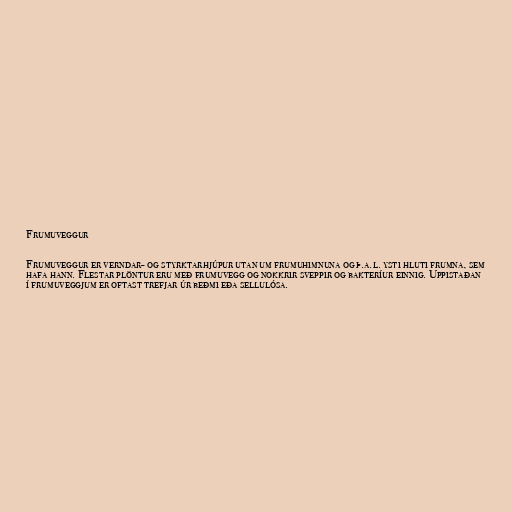
Frumuveggur

Frumuveggur er verndar- og styrktarhjúpur utan um frumuhimnuna og þ.a.l. ysti hluti frumna, sem
hafa hann. Flestar plöntur eru með frumuvegg og nokkrir sveppir og bakteríur einnig. Uppistaðan
í frumuveggjum er oftast trefjar úr beðmi eða sellulósa.